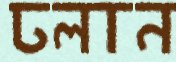
ঢলান